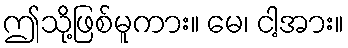
ဤသို့ဖြစ်မူကား။ မေ၊ ငါ့အား။